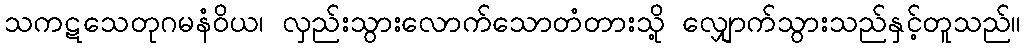
သကဋသေတုဂမနံဝိယ၊ လှည်းသွားလောက်သောတံတားသို့ လျှောက်သွားသည်နှင့်တူသည်။